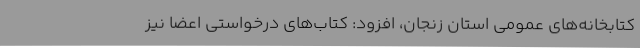
کتابخانه‌های عمومی استان زنجان، افزود: کتاب‌های درخواستی اعضا نیز